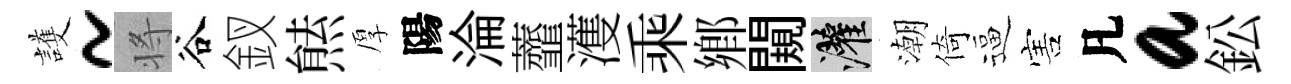
護~将谷釵㷱厚陽淪虀濩乘鄕闚灌潮倚逼害凡a鈆